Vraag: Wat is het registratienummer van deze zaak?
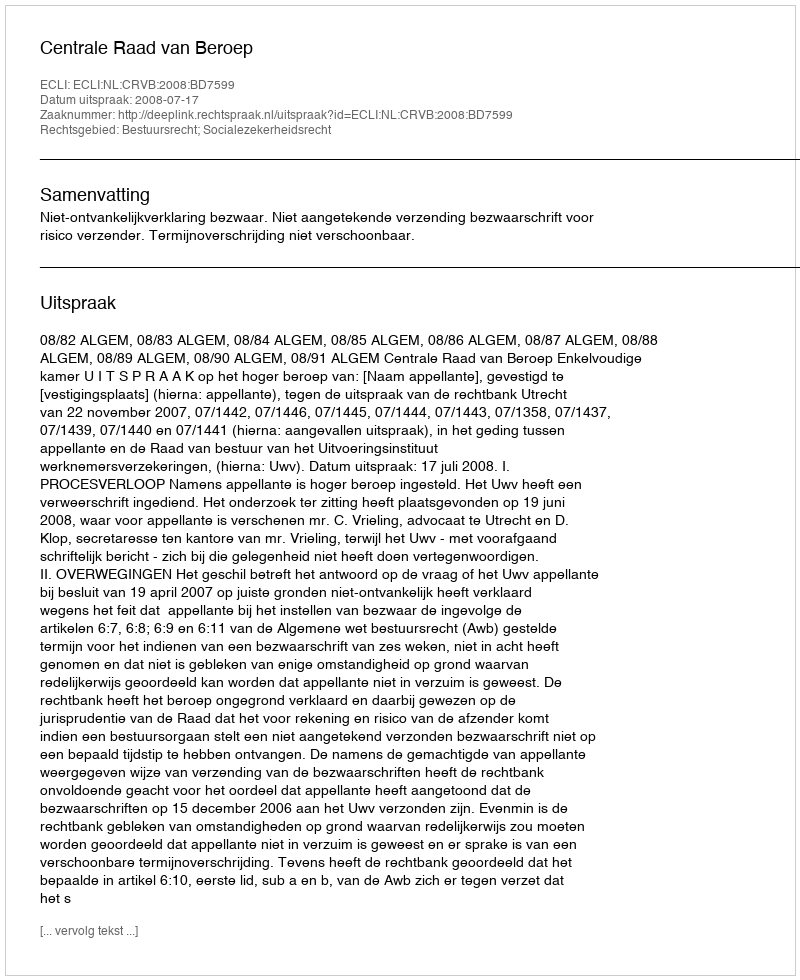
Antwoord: http://deeplink.rechtspraak.nl/uitspraak?id=ECLI:NL:CRVB:2008:BD7599